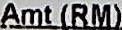
AMT (RM)